Materia medica of Madras volume I
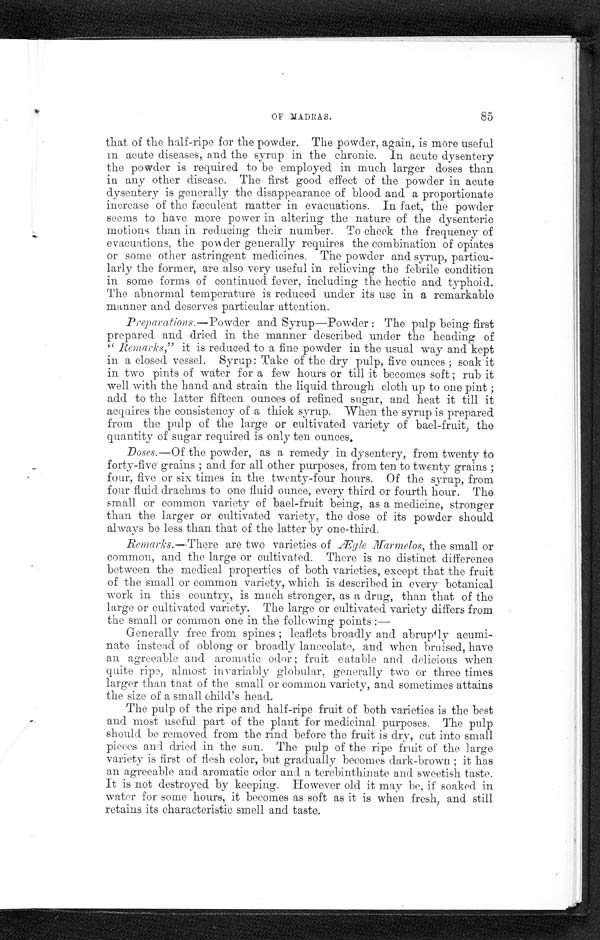
OP MADRAS.
85
that of the half-ripe for the powder. The powder, again, is more useful
in acute diseases, and the syrup in the chronic. In acute dysentery
the powder is required to be employed in much larger doses than
in any other disease. The first good effect of the powder in acute
dysentery is generally the disappearance of blood and a proportionate
increase of the fmculent matter in evacuations. In fact, the powder
seems to have more power in altering the nature of the dysenteric
motions than in reducing their number. To cheek the frequency of
eva uaions,the powder generally requires the combination of opiacs
or some other astringent medicines. The powder and syrup, particu-
larly the former, are also very useful in relieving the febrile condition
in some forms of continued fever, including the hectic and typhoid.
The abnormal temperature is reduced under its use in a remarkable
manner and deserves particular attention.
Preparations.—Powder and. Syrup—Powder : The pulp being first
prepared and dried in the manner described under the heading of
" _Remarks," it is reduced to a fine powder in the usual way and kept
in a closed vessel. Syrup: Take of the dry pulp, five ounces ; soak it
in two pints of water for a few hours or till it becomes soft ; rub it
well with the hand and strain the liquid through cloth up to one pint ;
add to the latter fifteen ounces of refined sugar, and heat it till it
acquires the consistency of a thick syrup. When the syrup is prepared
from the pulp of the large or cultivated variety of bael-fruit, the
quantity of sugar required is only ten ounces.
Doses.—Of the powder, as a remedy in dysentery, from twenty to
forty-five grains ; and for all other purposes, from ten to twenty grains ;
four, five or six times in the twenty-four hours. Of the syrup, from
four fluid drachms to one fluid ounce, every third or fourth hour. The
small or common variety of bael-fruit being, as a medicine, stronger
than the larger or cultivated variety, the dose of its powder should
always be less than that of the latter by one-third.
Remarks.– There are two varieties of Ægle Marmelos, the small or
common, and the large or cultivated. There is no distinct difference
between the medical properties of both varieties, except that the fruit
of the small or common variety, which is described in every botanical
work in this country, is much stronger, as a drug, than that of the
large or cultivated variety. The large or cultivated variety differs from
the small or common one in the following points :-
Generally free from spines ; leaflets broadly and abrupt ly acumi-
nate instead of oblong or broadly lanceolate, and when braised, have
an agreeable and aromatic odor ; fniit eatable and delicious when
quite ripe, almost invariably globular, generally two or three times
larger than ttaat of the small or common variety, and sometimes attains
the size of a small child's head.
The pulp of the ripe and half-ripe fruit of both varieties is the best
and most useful part of the plant for medicinal purposes. The pulp
should. be removed from the rind before the fruit is dry, cut into small
pieces and dried in the sun. The pulp of the ripe fruit of the large
variety is first of flesh color, but gradually becomes dark-brown ; it has
an agreeable and aromatic odor and a terebinthinate and sweetish taste.
It is not destroyed by keeping. However old it may be, if soaked in
water for some hours, it becomes as soft as it is when fresh, and still
retains its characteristic smell and taste.